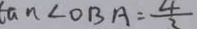
\tan \angle O B A = \frac { 4 } { 2 }